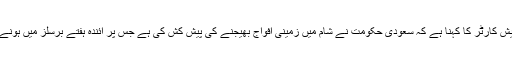
دوسری جانب، امریکی وزیر دفاع ایش کارٹر کا کہنا ہے کہ سعودی حکومت نے شام میں زمینی افواج بھیجنے کی پیش کش کی ہے جس پر آئندہ ہفتے برسلز میں ہونے والے اجلاس میں غور کیا جائے گا۔